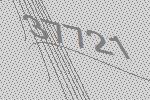
37721